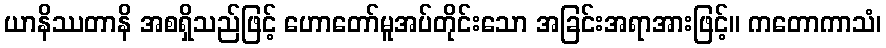
ယာနိဿတာနိ အစရှိသည်ဖြင့် ဟောတော်မူအပ်တိုင်းသော အခြင်းအရာအားဖြင့်။ ကတောကာသံ၊